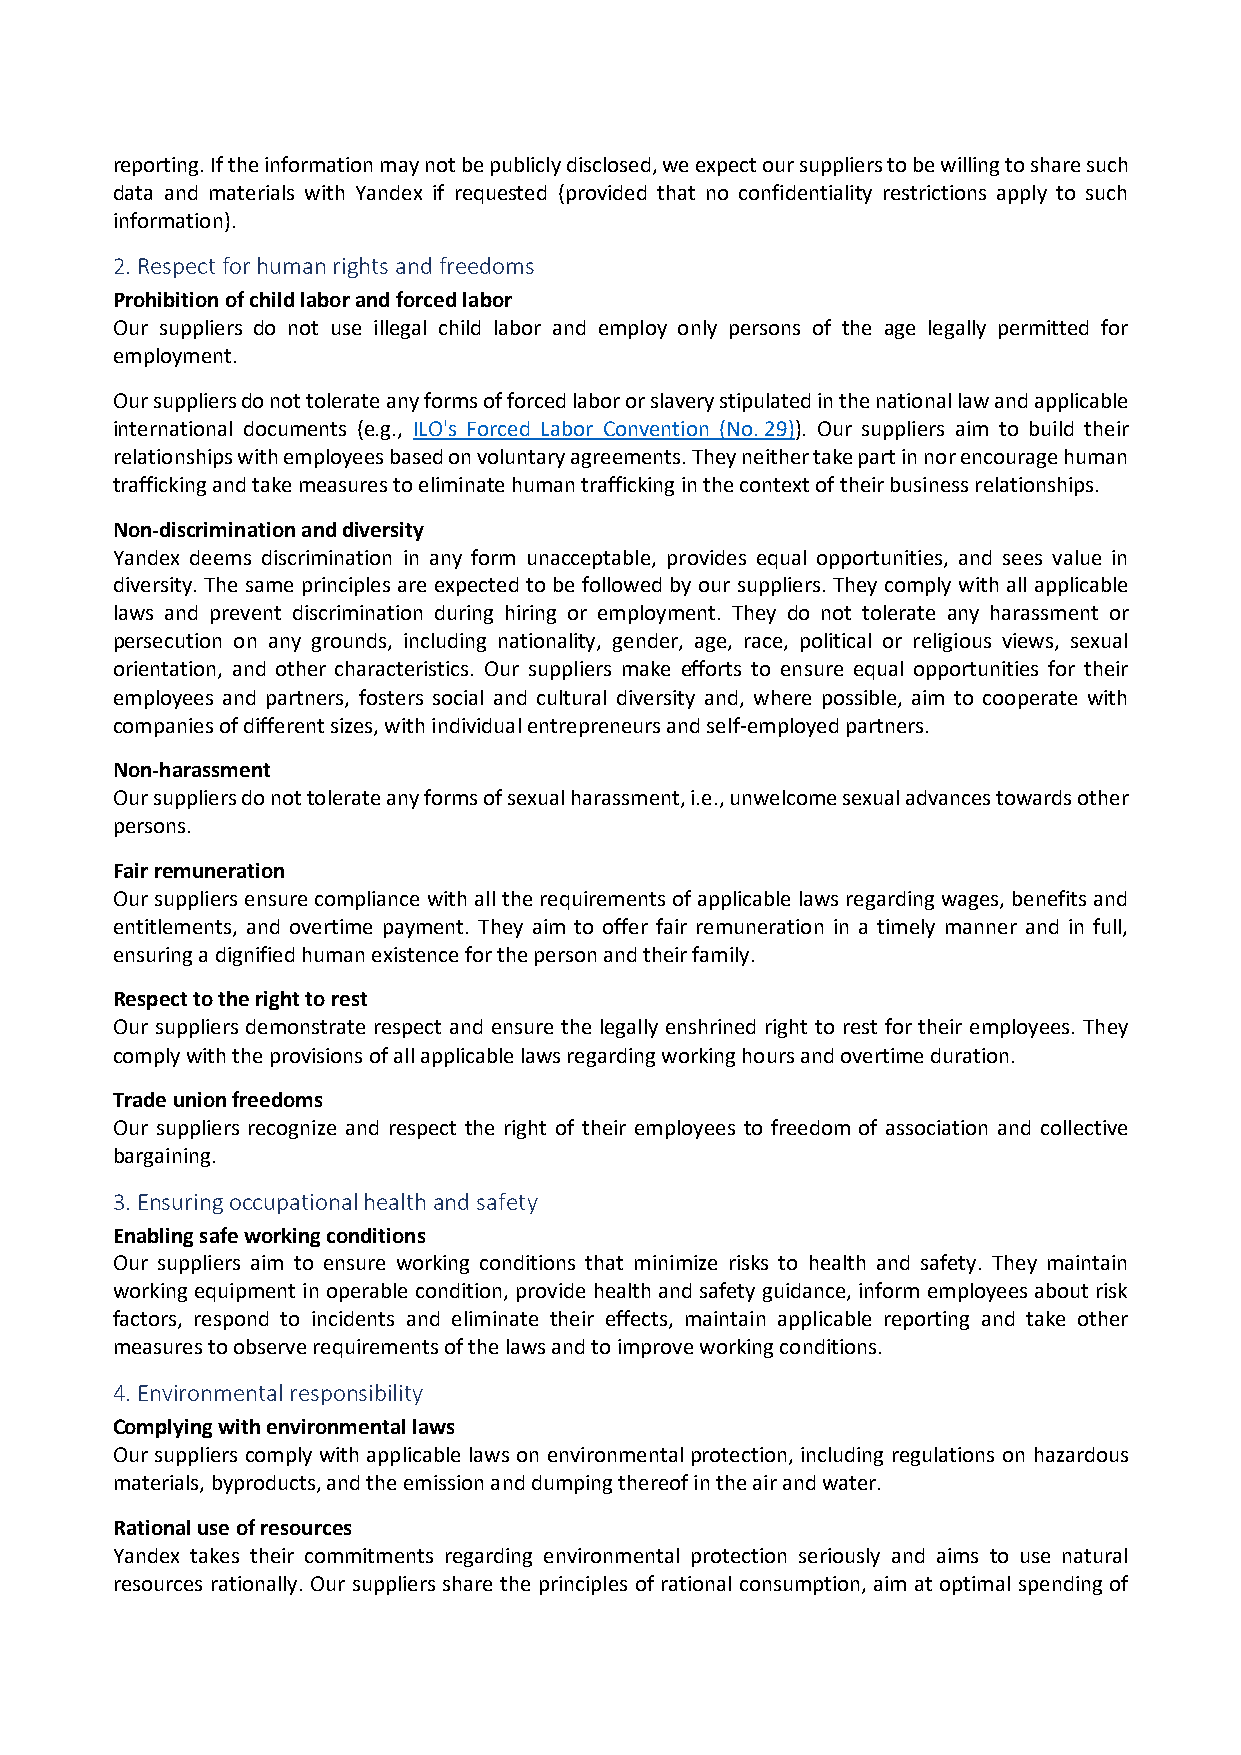
reporting. If the information may not be publicly disclosed, we expect our suppliers to be willing to share such
 data and materials with Yandex if requested (provided that no confidentiality restrictions apply to such
 information).
 2. Respect for human rights and freedoms
 Prohibition of child labor and forced labor
 Our suppliers do not use illegal child labor and employ only persons of the age legally permitted for
 employment.
 Our suppliers do not tolerate any forms of forced labor or slavery stipulated in the national law and applicable
 international documents (e.g., ILO's Forced Labor Convention (No. 29)). Our suppliers aim to build their
 relationships with employees based on voluntary agreements. They neither take part in nor encourage human
 trafficking and take measures to eliminate human trafficking in the context of their business relationships.
 Non-discrimination and diversity
 Yandex deems discrimination in any form unacceptable, provides equal opportunities, and sees value in
 diversity. The same principles are expected to be followed by our suppliers. They comply with all applicable
 laws and prevent discrimination during hiring or employment. They do not tolerate any harassment or
 persecution on any grounds, including nationality, gender, age, race, political or religious views, sexual
 orientation, and other characteristics. Our suppliers make efforts to ensure equal opportunities for their
 employees and partners, fosters social and cultural diversity and, where possible, aim to cooperate with
 companies of different sizes, with individual entrepreneurs and self-employed partners.
 Non-harassment
 Our suppliers do not tolerate any forms of sexual harassment, i.e., unwelcome sexual advances towards other
 persons.
 Fair remuneration
 Our suppliers ensure compliance with all the requirements of applicable laws regarding wages, benefits and
 entitlements, and overtime payment. They aim to offer fair remuneration in a timely manner and in full,
 ensuring a dignified human existence for the person and their family.
 Respect to the right to rest
 Our suppliers demonstrate respect and ensure the legally enshrined right to rest for their employees. They
 comply with the provisions of all applicable laws regarding working hours and overtime duration.
 Trade union freedoms
 Our suppliers recognize and respect the right of their employees to freedom of association and collective
 bargaining.
 3. Ensuring occupational health and safety
 Enabling safe working conditions
 Our suppliers aim to ensure working conditions that minimize risks to health and safety. They maintain
 working equipment in operable condition, provide health and safety guidance, inform employees about risk
 factors, respond to incidents and eliminate their effects, maintain applicable reporting and take other
 measures to observe requirements of the laws and to improve working conditions.
 4. Environmental responsibility
 Complying with environmental laws
 Our suppliers comply with applicable laws on environmental protection, including regulations on hazardous
 materials, byproducts, and the emission and dumping thereof in the air and water.
 Rational use of resources
 Yandex takes their commitments regarding environmental protection seriously and aims to use natural
 resources rationally. Our suppliers share the principles of rational consumption, aim at optimal spending of